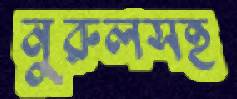
নুরুলসহ